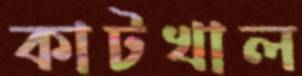
কাটখাল